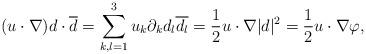
LaTeX: \begin{align*} (u \cdot \nabla) d \cdot \overline{d} = \sum_{k , l = 1}^3 u_k \partial_k d_l \overline{d_l} = \frac{1}{2} u \cdot \nabla \lvert d \rvert^2 = \frac{1}{2}u \cdot \nabla \varphi,\end{align*}